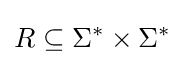
R\subseteq \Sigma ^{*}\times \Sigma ^{*}